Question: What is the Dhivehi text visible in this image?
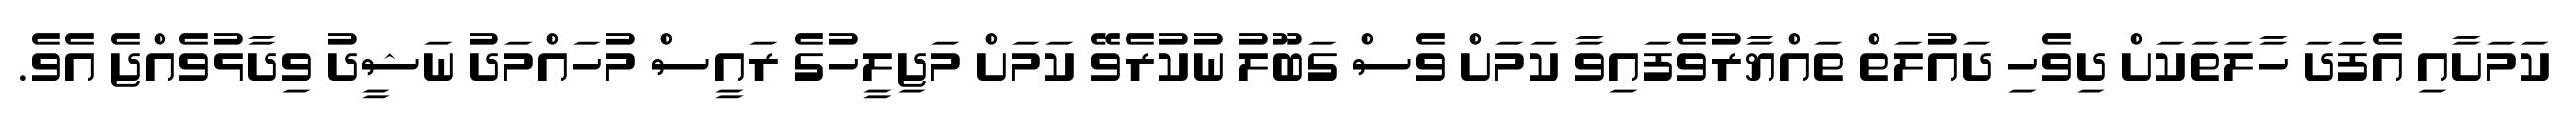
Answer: ކަމަށާއި އެފަދަ ހާލަތަކަށް ދިވެހި ދައުލަތް ތައްޔާރުވެފައިވާ ކަމަށް ވެސް ގަބޫލު ނުކުރެވޭ ކަމަށް މަޖިލީހުގެ ރައީސް މުހައްމަދު ނަޝީދު ވިދާޅުވެއްޖެ އެވެ.